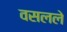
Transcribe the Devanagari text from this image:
वसलले